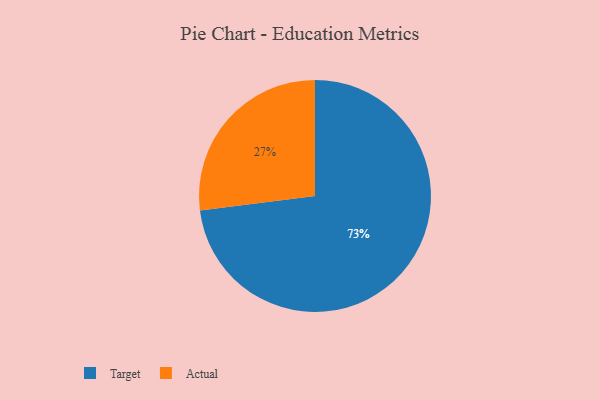
{"axis": {"x": "Category", "y": "Percentage"}, "legend": ["Actual", "Target"], "data": [{"x": "Target", "y": 73, "type": "Target"}, {"x": "Actual", "y": 27, "type": "Actual"}]}